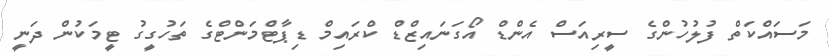
މަސައްކަތް ފުލުހުންގެ ސީރިއަސް އެންޑް އޯގަނައިޒްޑް ކްރައިމް ޑިޕާޓްމަންޓްގެ ތަހުގީގު ޓީމަކުން ދަނީ